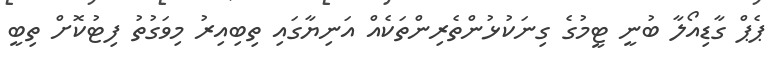
ޕެޕް ގާޑިއޯލާ ބުނީ ޓީމުގެ ގިނަކުޅުންތެރިންތަކެއް އަނިޔާގައި ތިބިއިރު މިވަގުތު ފިޓުކޮށް ތިބީ